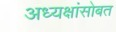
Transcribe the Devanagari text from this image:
अध्यक्षांसोबत